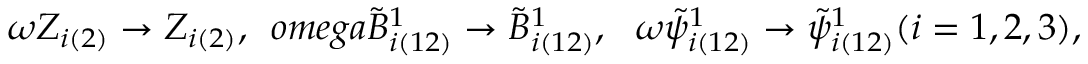
\omega Z _ { i ( 2 ) } \rightarrow Z _ { i ( 2 ) } , \ \, o m e g a \tilde { B } _ { i ( 1 2 ) } ^ { 1 } \rightarrow \tilde { B } _ { i ( 1 2 ) } ^ { 1 } , \ \ \omega \tilde { \psi } _ { i ( 1 2 ) } ^ { 1 } \rightarrow \tilde { \psi } _ { i ( 1 2 ) } ^ { 1 } ( i = 1 , 2 , 3 ) ,